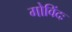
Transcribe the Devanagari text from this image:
गोविंदः